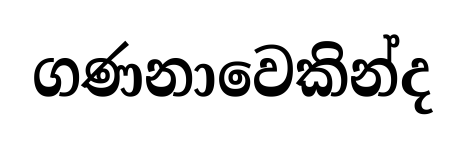
ගණනාවෙකින්ද